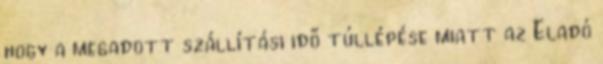
hogy a megadott szállítási idő túllépése miatt az Eladó